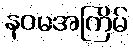
နဝမအကြိမ်